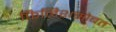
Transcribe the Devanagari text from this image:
फिनिशसोबत